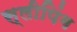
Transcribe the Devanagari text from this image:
स्‍लीपिंग